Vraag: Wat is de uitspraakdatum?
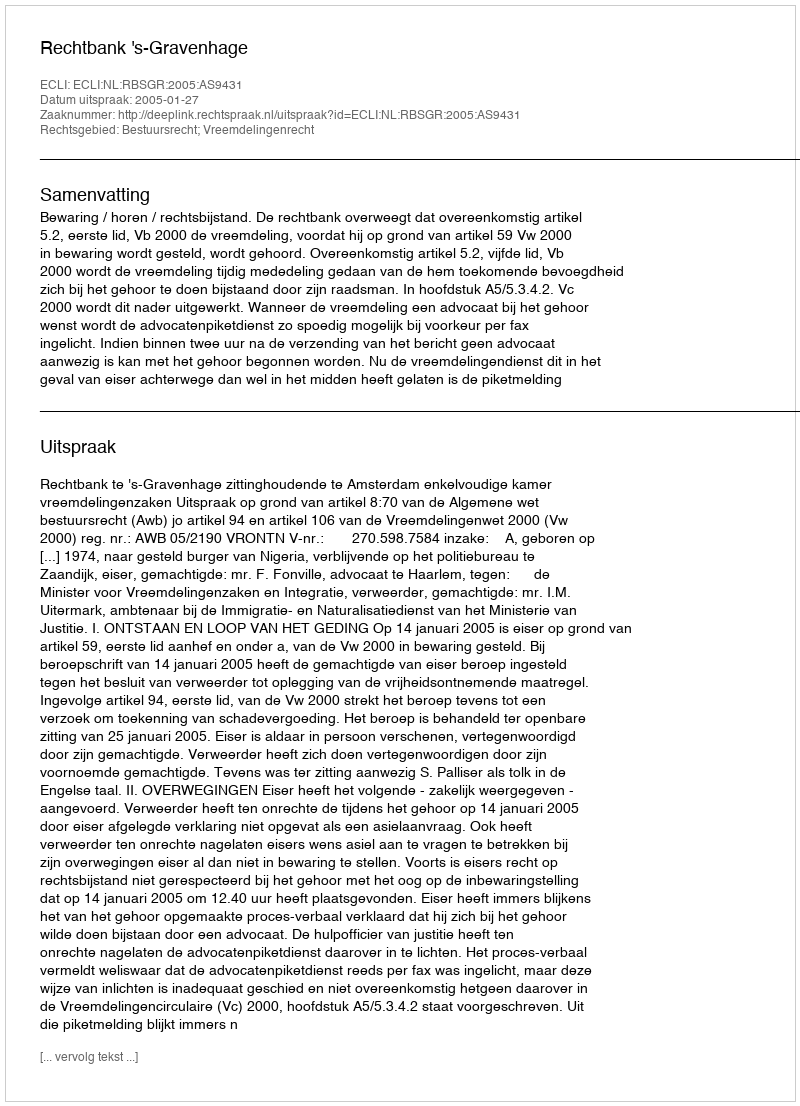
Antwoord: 2005-01-27